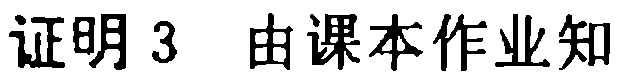
证明 3 由课本作业知